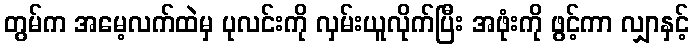
တွမ်က အမေ့လက်ထဲမှ ပုလင်းကို လှမ်းယူလိုက်ပြီး အဖုံးကို ဖွင့်ကာ လျှာနှင့်